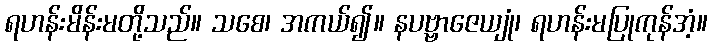
ရဟန်းမိန်းမတို့သည်။ သစေ၊ အကယ်၍။ နပဗ္ဗာဇေယျုံ၊ ရဟန်းမပြုကုန်အံ့။